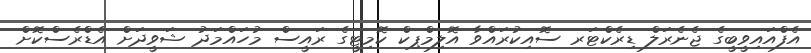
އެފްއައިވީބީގެ ޖެނެރަލް ޑިރެކްޓަރ ސޮއިކުރައްވާ އޮލިމްޕިކް ކޮމިޓީގެ ރައީސް މުހައްމަދު ޝަވީދަށް އެޑްރެސްކޮށް